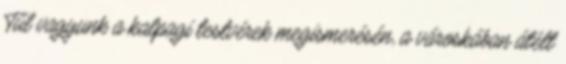
Túl vagyunk a kalpagi testvérek megismerésén, a városkában átélt